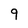
Character: 9